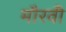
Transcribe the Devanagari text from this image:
मौरवी